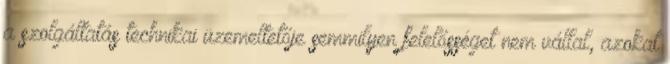
a szolgáltatás technikai üzemeltetője semmilyen felelősséget nem vállal, azokat